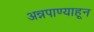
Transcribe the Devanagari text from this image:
अन्नपाण्याहून